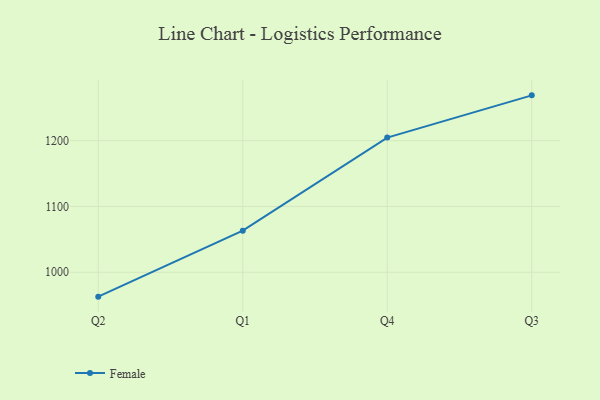
{"axis": {"x": "Quarter", "y": "Headcount"}, "legend": ["Female"], "data": [{"x": "Q2", "y": 963.0, "type": "Female"}, {"x": "Q1", "y": 1063.2, "type": "Female"}, {"x": "Q4", "y": 1204.7, "type": "Female"}, {"x": "Q3", "y": 1268.8, "type": "Female"}]}